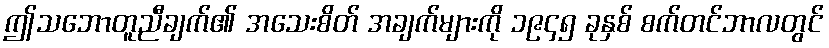
ဤသဘောတူညီချက်၏ အသေးစိတ် အချက်များကို ၁၉၄၅ ခုနှစ် စက်တင်ဘာလတွင်